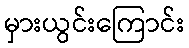
မှားယွင်းကြောင်း